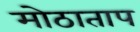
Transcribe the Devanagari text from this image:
मोठाताप